Senior Leaving Certificate Examination (including Day School Certificate (Higher) General paper), 1948
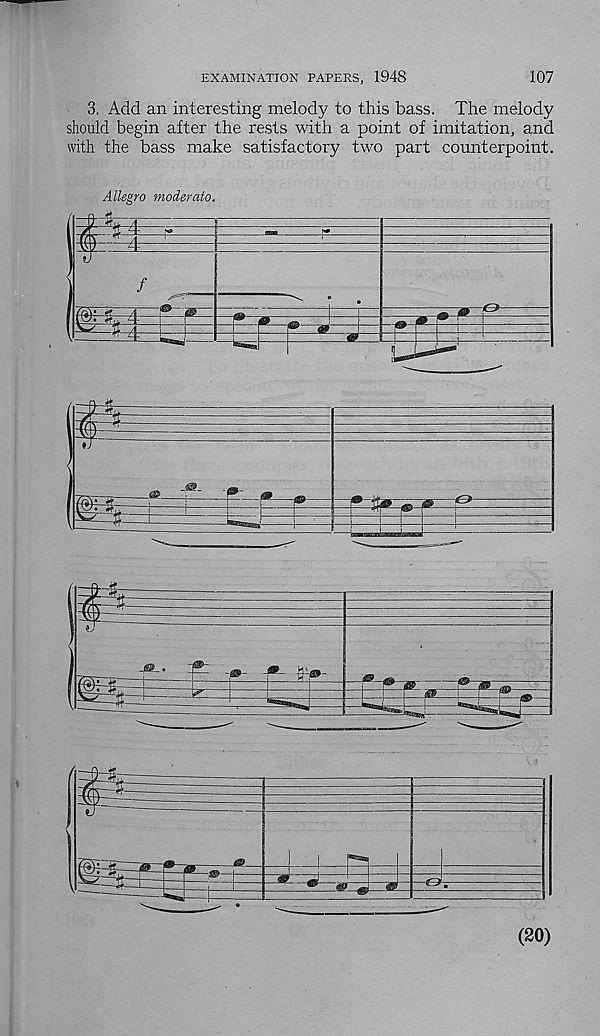
EXAMINATION PAPERS, 1948
107
3. Add an interesting melody to this bass. The melody
should begin after the rests with a point of imitation, and
with the bass make satisfactory two part counterpoint.
Allegro moderato.
/
g :S
1
-10-
Tit
9
-it
(20)